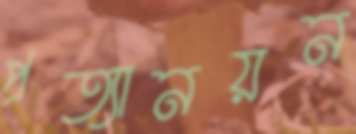
প্রত্যানয়ন